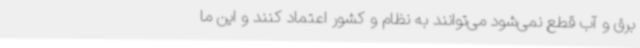
برق و آب قطع نمی‌شود می‌توانند به نظام و کشور اعتماد کنند و این ما